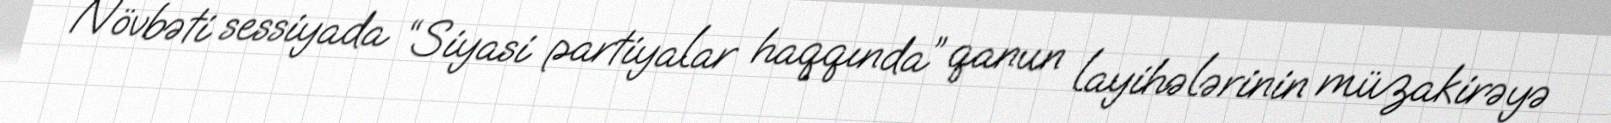
Növbəti sessiyada “Siyasi partiyalar haqqında” qanun layihələrinin müzakirəyə